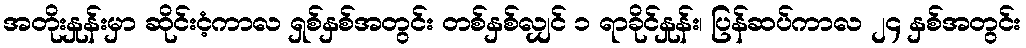
အတိုးနှုန်းမှာ ဆိုင်းငံ့ကာလ ရှစ်နှစ်အတွင်း တစ်နှစ်လျှင် ၁ ရာခိုင်နှုန်း၊ ပြန်ဆပ်ကာလ ၂၄ နှစ်အတွင်း